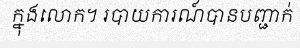
ក្នុងលោក។ របាយការណ៍បានបញ្ជាក់